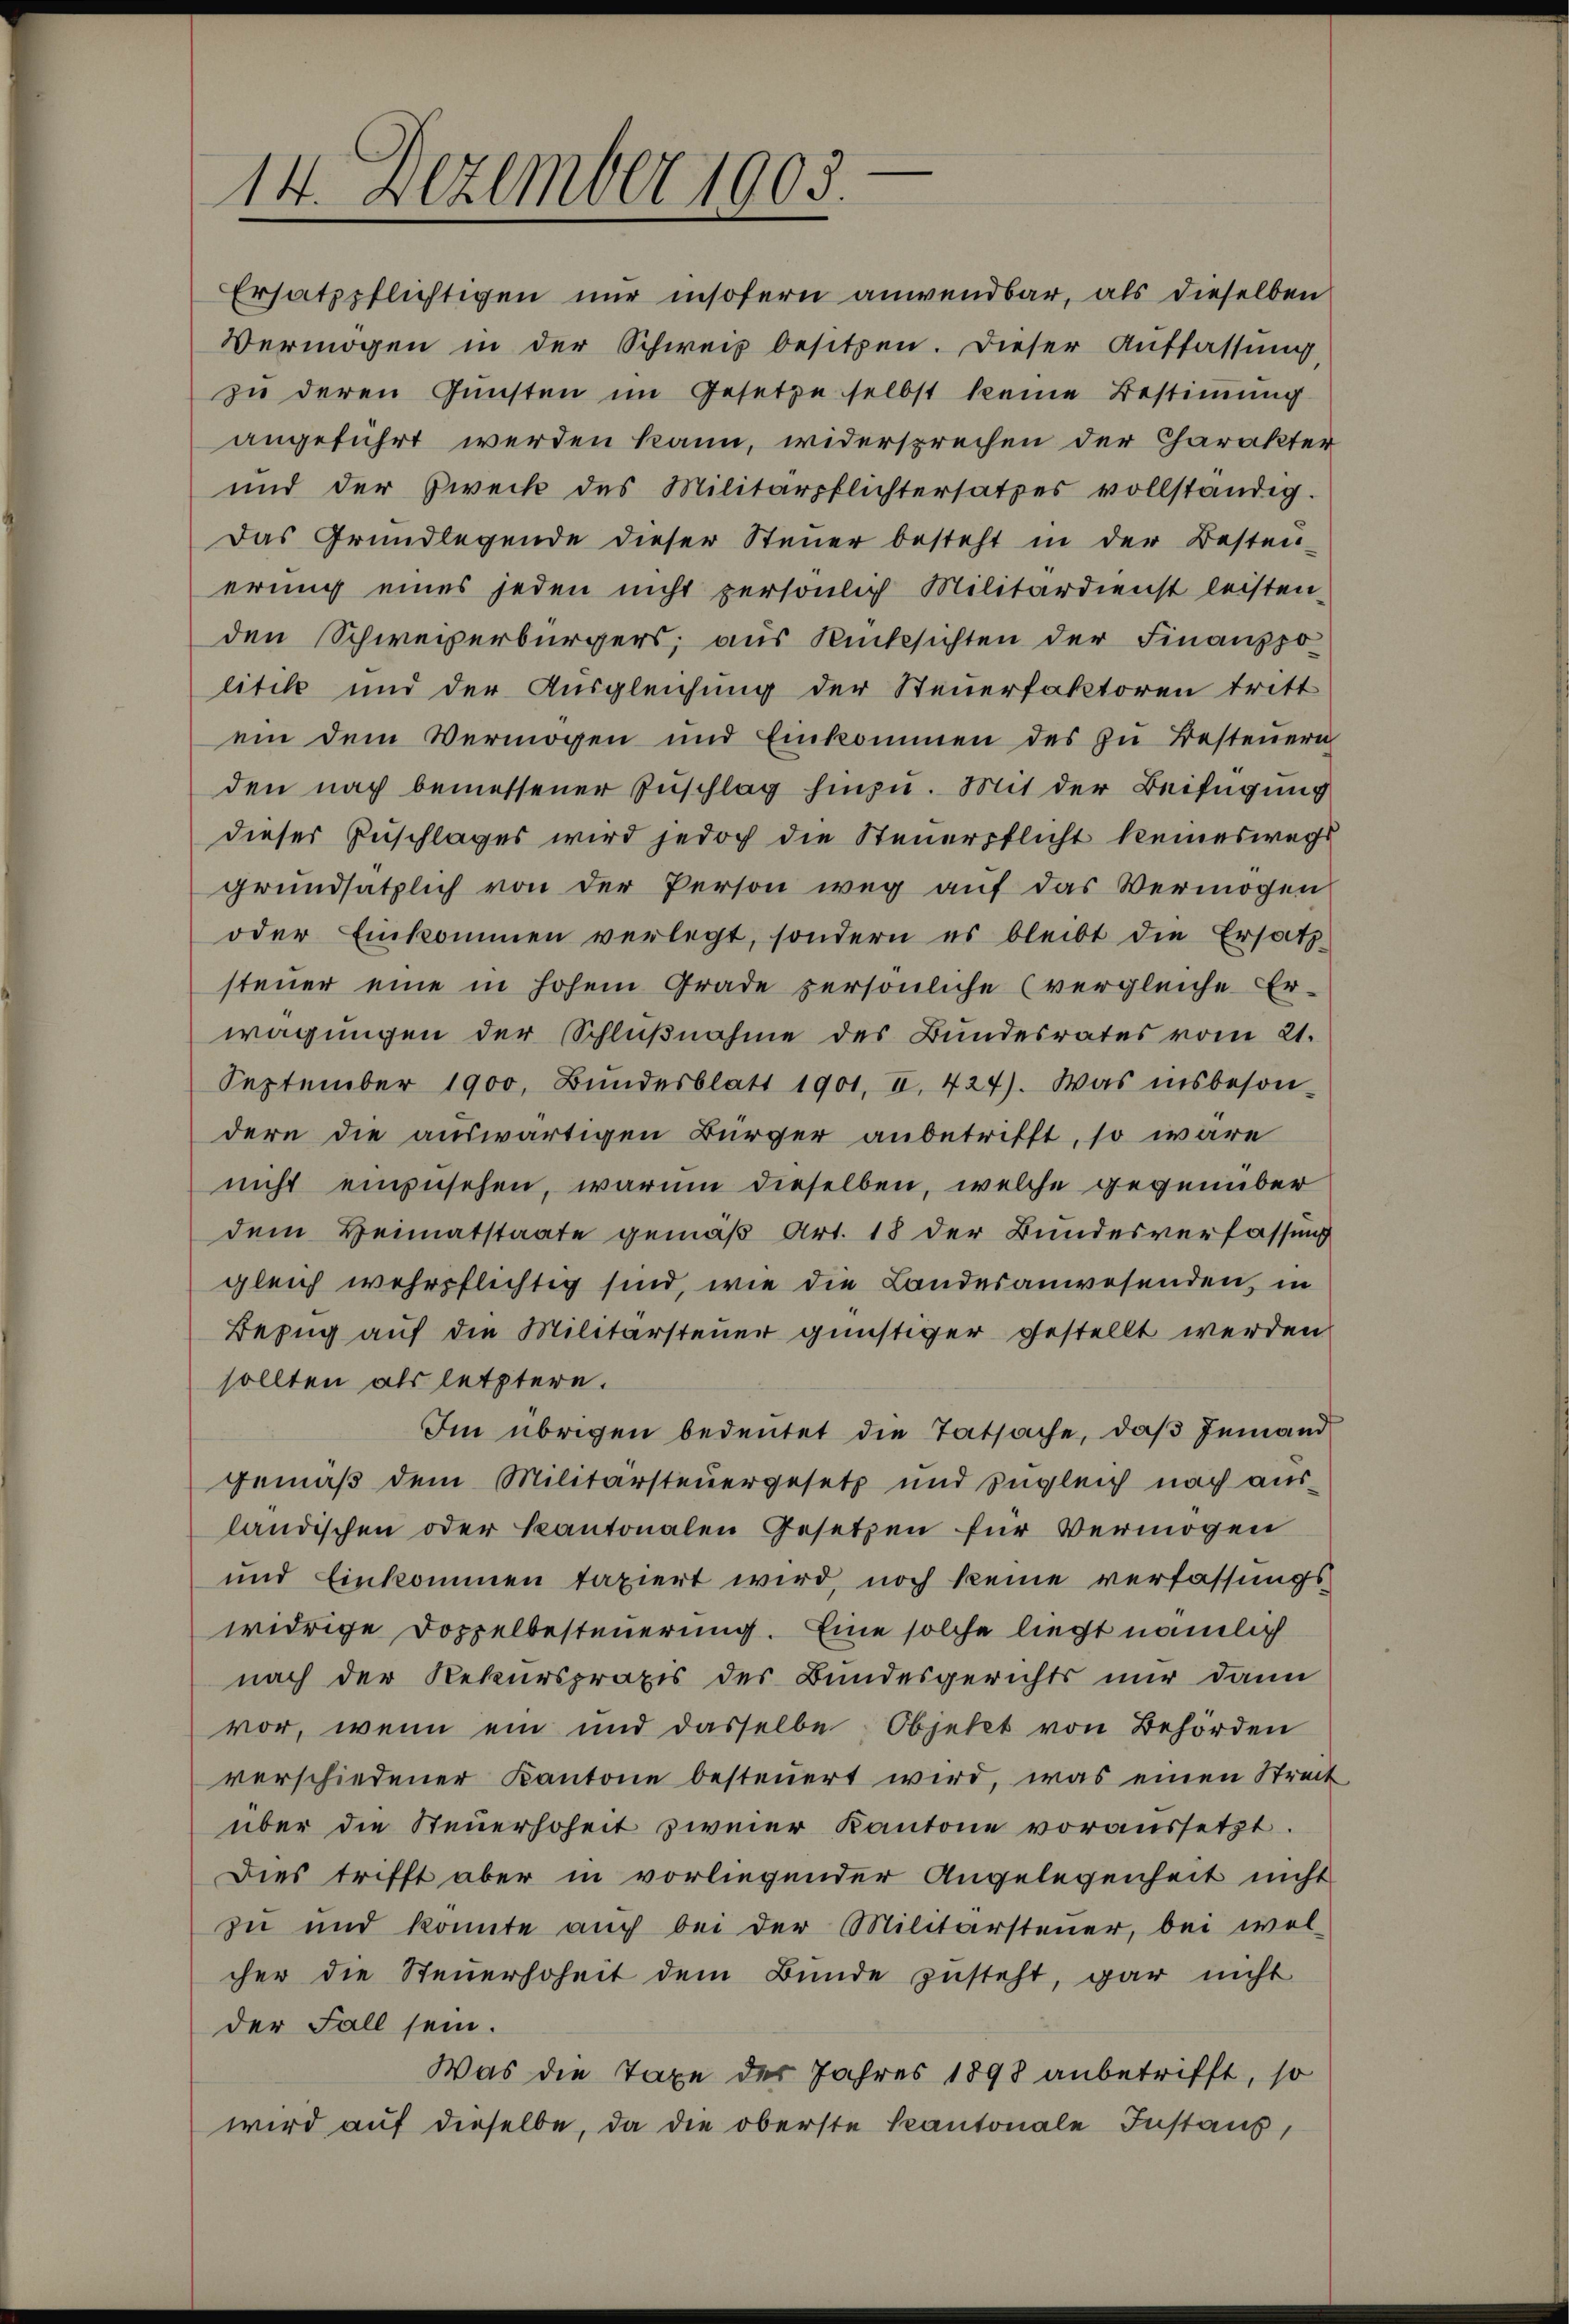
14. Dezember 1903.

Ersatzpflichtigen nur insofern anwendbar, als dieselben
Vermögen in der Schweiz besitzen. Dieser Auffassung,
zu deren Gunsten im Gesetze selbst keine Bestimmung
angeführt werden kann, widersprechen der Charakter
und der Zweck des Militärpflichtersatzes vollständig.
Das Grundlegende dieser Steuer besteht in der Besteu-
erung eines jeden nicht persönlich Militärdienst leisten-
den Schweizerbürgers, aus Rücksichten der Finanzpo
litik und der Ausgleichung der Steuerfaktoren tritt
ein dem Vermögen und Einkommen des zu Besteŭern
den nach bemessener Zuschlag hinzu. Mit der Beifügung
dieser Zuschlages wird jedoch die Steuerpflicht keineswegs
grundsätzlich von der Person weg auf das Vermögen
oder Einkommen verlegt, sondern es bleibt die Ersatz-
steuer eine in hohem Grade persönliche (vergleiche Er-
wägungen der Schlŭβnahme des Bundesrates vom 21.
September 1900. Bŭndesblatt 1901. II. 424). Was insbeson-
dere die auswärtigen Bürger anbetrifft, so wäre
nicht einzusehen, warum dieselben, welche gegenüber
dem Heimatstaate gemäß Art. 18 der Bundesverfassung
gleich wehrpflichtig sind, wie die Landesanwesenden, in
Bezug auf die Militärsteuer günstiger gestellt werden
sollten als letztere.
Im übrigen bedeutet die Tatsache, daβ jemand
gemäß dem Militärsteuergesetz und zugleich nach ausländischen oder Kantonalen Gesetzen für Vermögen
und Einkommen taxiert wird, noch keine verfassungswidrige Doppelbesteuerung. Eine solche liegt nämlich
nach der Rekurspraxis des Bundesgerichts nur dann
vor, wenn ein und dasselbe Objekt von Behörden
verschiedener Kantone besteŭert wird, was einen Streit
über die Steuerhoheit zweier Kantone voraussetzt.
Dies trifft aber in vorliegender Angelegenheit nicht
zu und konnte auch bei der Militärsteuer, bei wel-
cher die Steuerhoheit dem Bunde zusteht, gar nicht
der Fall sein.
Was die Taxe des Jahres 1898 anbetrifft, so
wird auf dieselbe, da die oberste Kantonale Instanz,